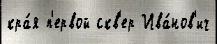
кра́я п'ервой скв'ер Ива́нов'ич